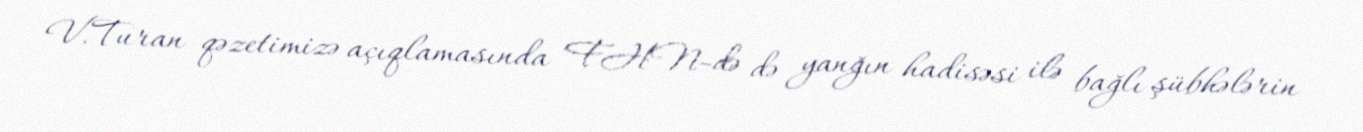
V.Turan qəzetimizə açıqlamasında FHN-də də yanğın hadisəsi ilə bağlı şübhələrin